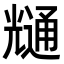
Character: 𭀶